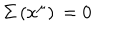
\Sigma \, ( x ^ { \mu } ) \, = 0